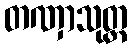
တဏှာသုတ္တ